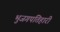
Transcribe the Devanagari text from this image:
भुजगपतिहारी